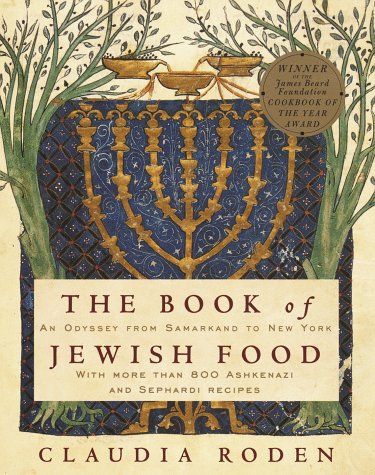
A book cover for The Book of Jewish Food: An Odyssey from Samarkand to New York; Claudia Roden; Cookbooks, Food & Wine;